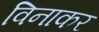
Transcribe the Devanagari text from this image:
विनाकर